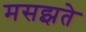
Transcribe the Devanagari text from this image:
मसझते